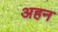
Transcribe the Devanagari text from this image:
अहन